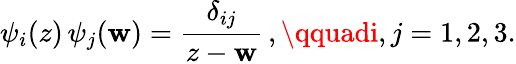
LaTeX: \psi_{i}(z)\, \psi_{j}(\mathbf{w})=\frac{{\delta_{ij}}}{{z-\mathbf{w}}}\, ,\qquadi,j=1,2,3.